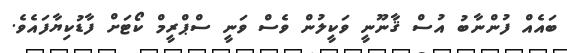
ބައެއް ފުންނާބު އުސް ޤާނޫނީ ވަކީލުން ވެސް ވަނީ ސްޕްރީމް ކޯޓަށް ފާޑުކިޔާފައެވެ.